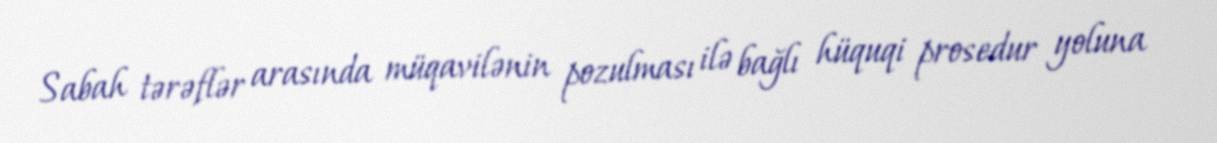
Sabah tərəflər arasında müqavilənin pozulması ilə bağlı hüquqi prosedur yoluna